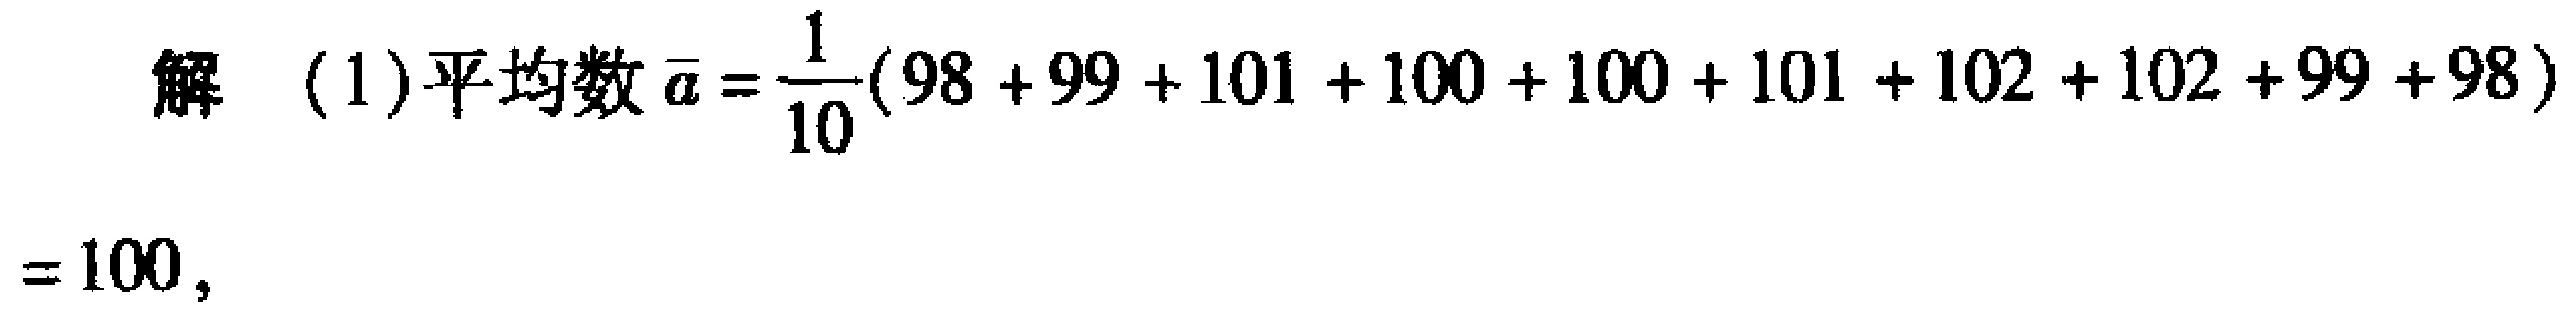
解  (1)平均数\(\overline{a}=\frac{1}{10}(98 + 99 + 101 + 100 + 100 + 101 + 102 + 102 + 99 + 98)=100\)，